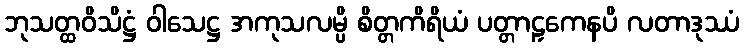
ဘုသတ္ထဝိသိဋ္ဌံ ဝါသေဋ္ဌ အကုသလမ္ပိ စိတ္တကိရိယံ ပတ္တာဠှကေနပိ လတာဒုဿံ